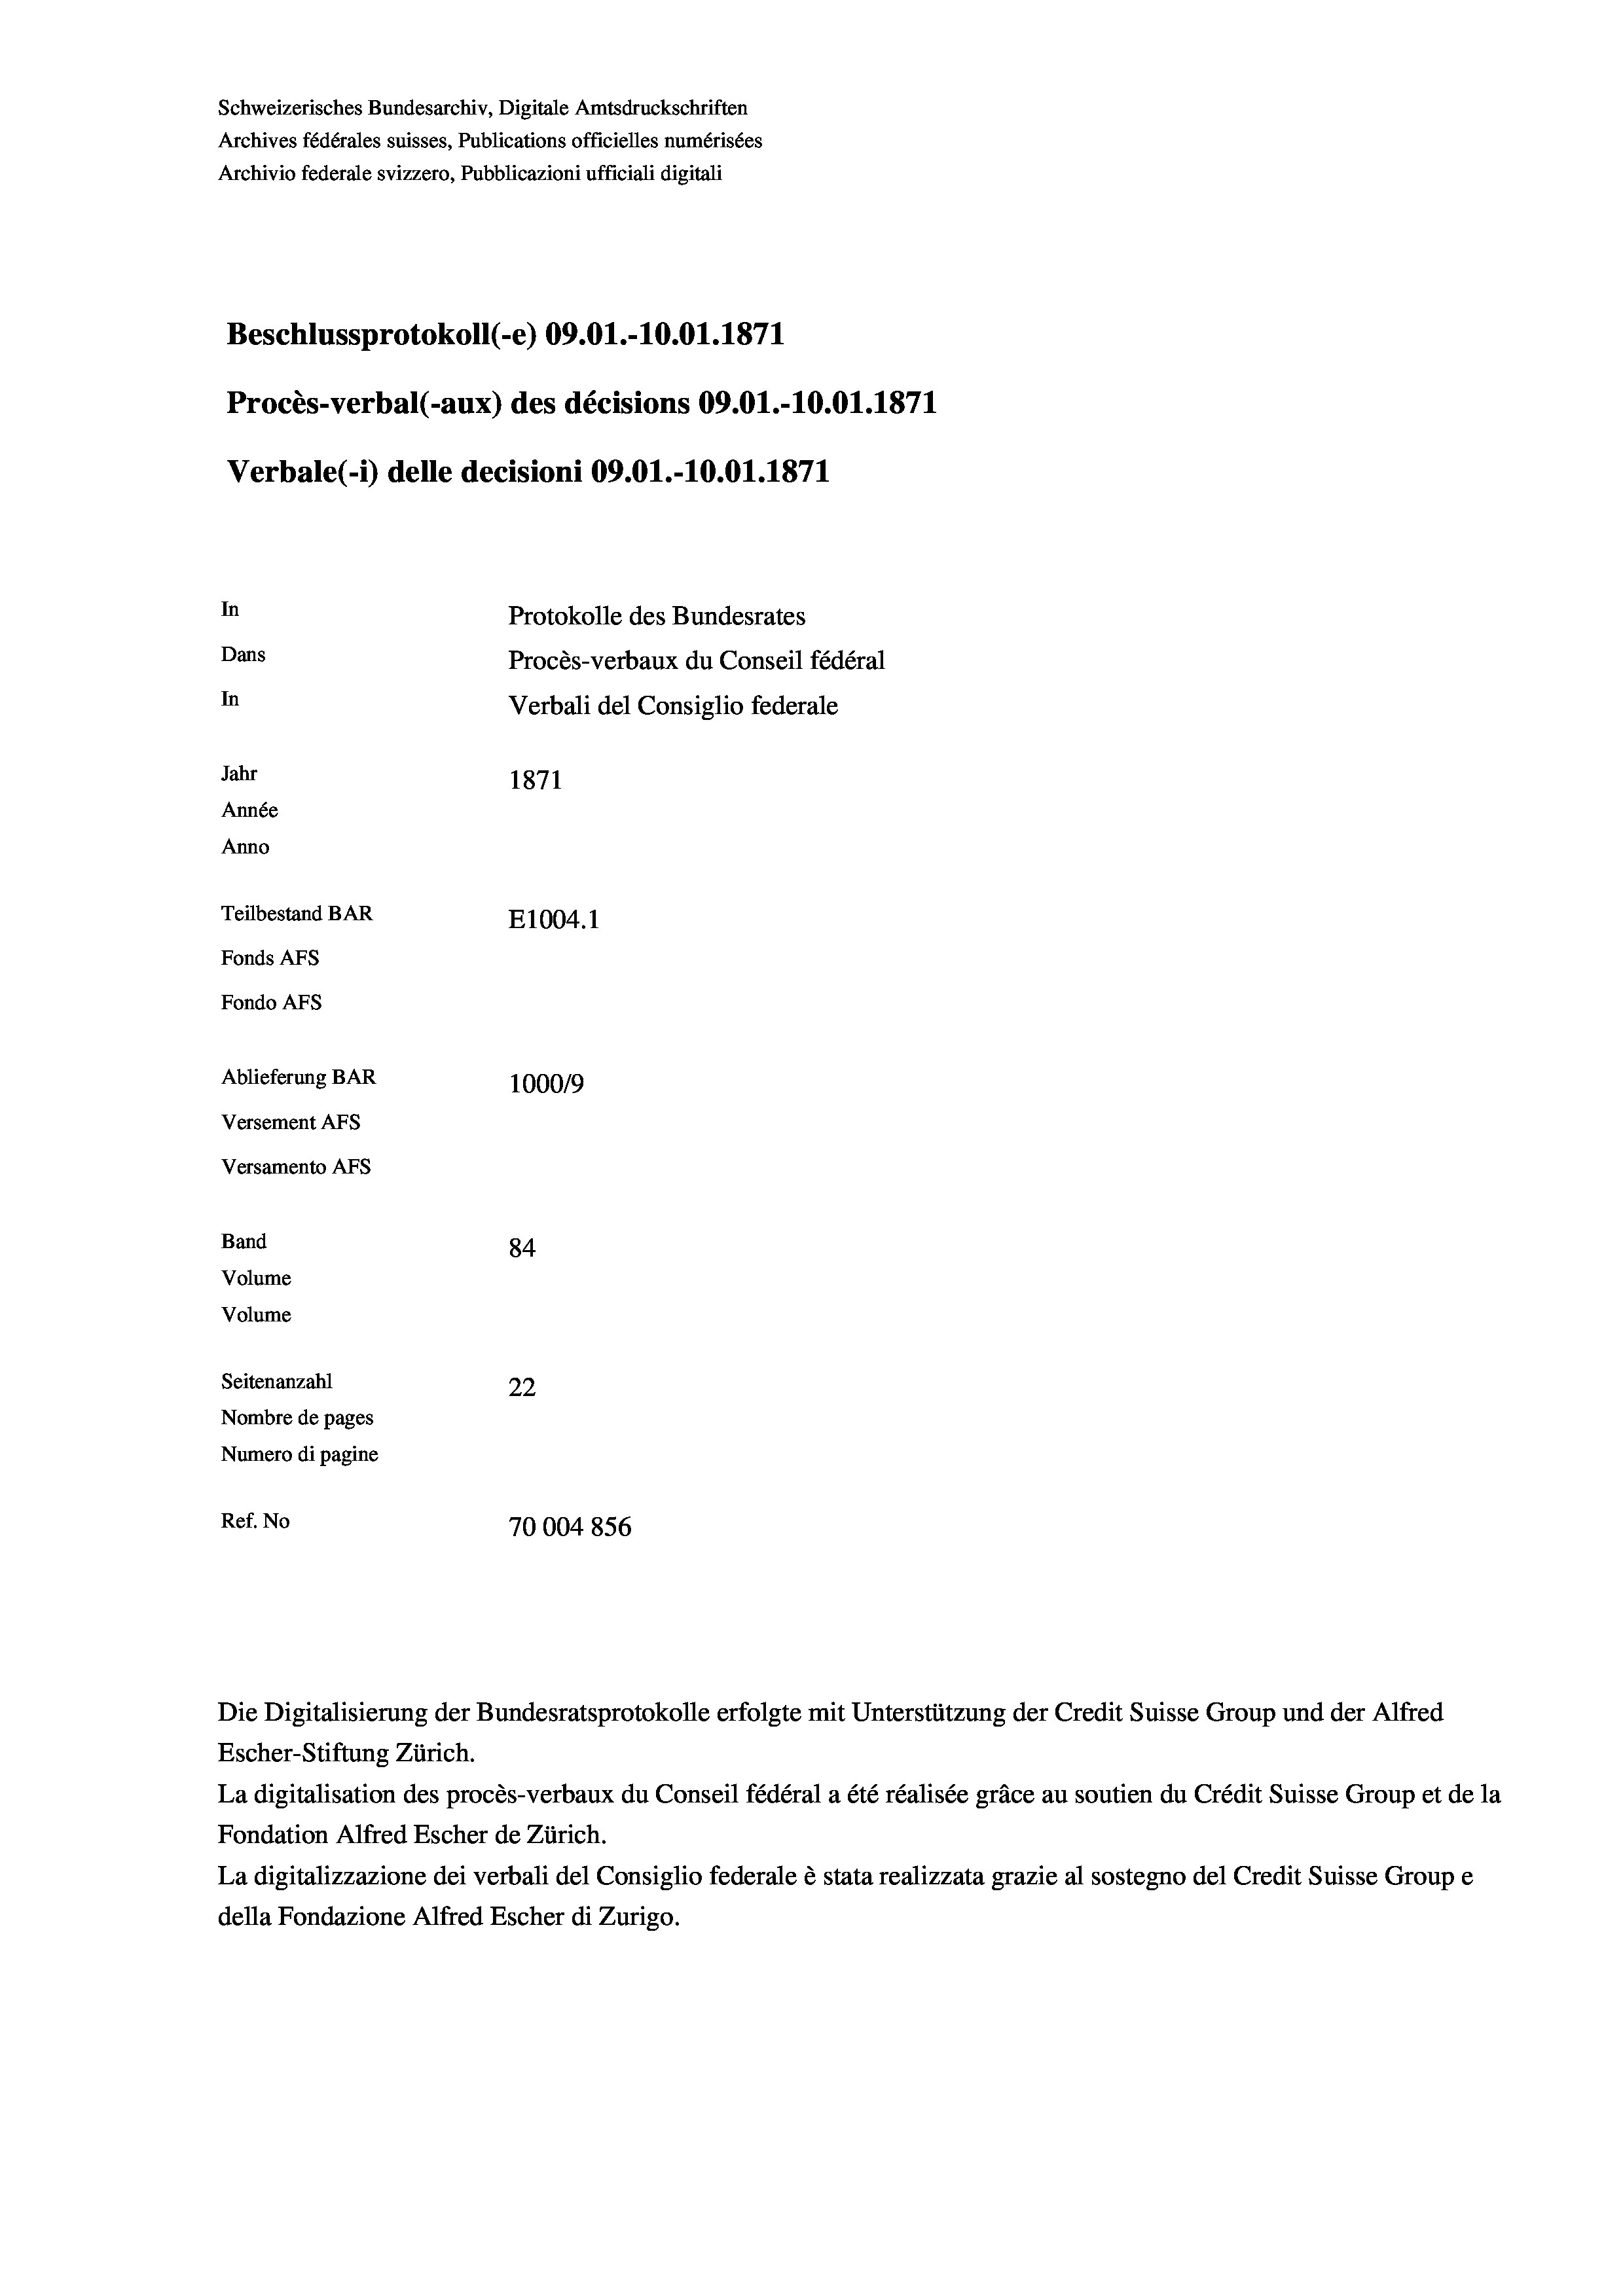
Schweizerisches Bundesarchiv, Digitale Amtsdruckschriften
Archives fédérales suisses, Publications officielles numérisées
Archivio federale svizzero, Pubblicazioni ufficiali digitali
Beschlussprotokoll (-e) 09.01.-10.01. 1871
Procès-verbal (-aux) des décisions 09.01.-10.01. 1871
Verbale(-*) delle decisioni 09.O1.-10.01. 1871
In
Protokolle des Bundesrates
Dans
Procès-verbaux du Conseil fédéral
In
Verbali del Consiglio federale
Jahr
1871
Année
Anno
Teilbestand BAR
E1004. 1
Fonds AFs
Fondo Afs
Ablieferung BAR
100019
Versement AFs
Versamento Afs
Band
84
Volume
Volume
Seitenanzahl
22
Nombre de pages
Numero di pagine
Ref. No
70004856

La digitalisation des procès-verbaux du Conseil fédéral a été réalisée gräce au soutien du Crédit Suisse Group et de la
Fondation Alfred Escher de Zürich.
La digitalizzazione dei verbali del Consiglio federale è stata realizzata grazie al sostegno del Credit Suisse Groupe
della Fondazione Alfred Escher di Zurigo.

Die Digitalisierung der Bundesratsprotokolle erfolgte mit Unterstützung der Credit Suisse Group und der Alfred
Escher-Stiftung Zürich.